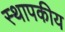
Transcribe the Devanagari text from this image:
स्थापकीय